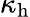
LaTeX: \kappa_{\mathrm{h}}